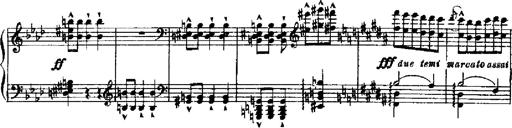
Title: RÃ©miniscences de Robert le diable
Composer: Franz Liszt